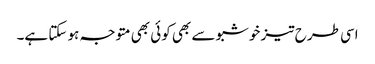
اسی طرح تیز خوشبو سے بھی کوئی بھی متوجہ ہو سکتا ہے۔